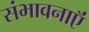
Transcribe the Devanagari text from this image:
संभावनाऍं